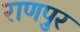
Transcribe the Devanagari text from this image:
राणपुर